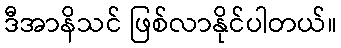
ဒီအာနိသင် ဖြစ်လာနိုင်ပါတယ်။